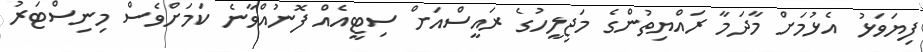
ފިޔަވަޅު އެޅުމަށް މާދަމާ ރައްޔިތުންގެ މަޖިލީހުގެ ރައީސްއަށް ސިޓީއެއް ފޮނުއްވާނެ ކަމަށްވެސް މިނިސްޓަރު